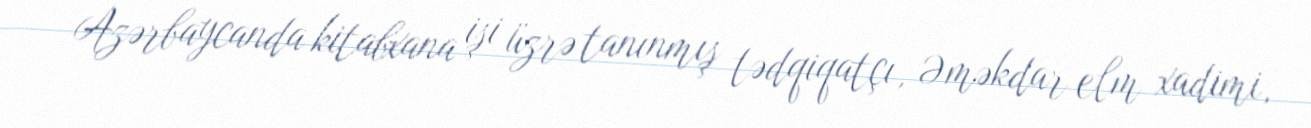
Azərbaycanda kitabxana işi üzrə tanınmış tədqiqatçı, Əməkdar elm xadimi,